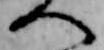
へ